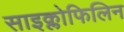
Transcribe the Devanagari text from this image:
साइक्लोफिलिन